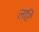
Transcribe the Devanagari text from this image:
लरि